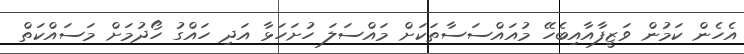
އެހެން ކަމުން ވަޒީފާއާއިބެހޭ މުއައްސަސާތަކަށް މައްސަލަ ހުށަހަޅާ އަދި ހައްގު ހޯދުމަށް މަސައްކަތް